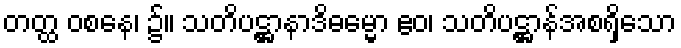
တတ္ထ ဝစနေ၊ ၌။ သတိပဋ္ဌာနာဒိဓမ္မော ဧဝ၊ သတိပဋ္ဌာန်အစရှိသော